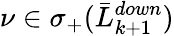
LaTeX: \nu\in\sigma_{+}(\bar{L}_{k+1}^{down})